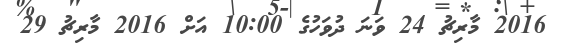
2016 މާރިޗު 24 ވަނަ ދުވަހުގެ 10:00 އަށް 2016 މާރިޗު 29